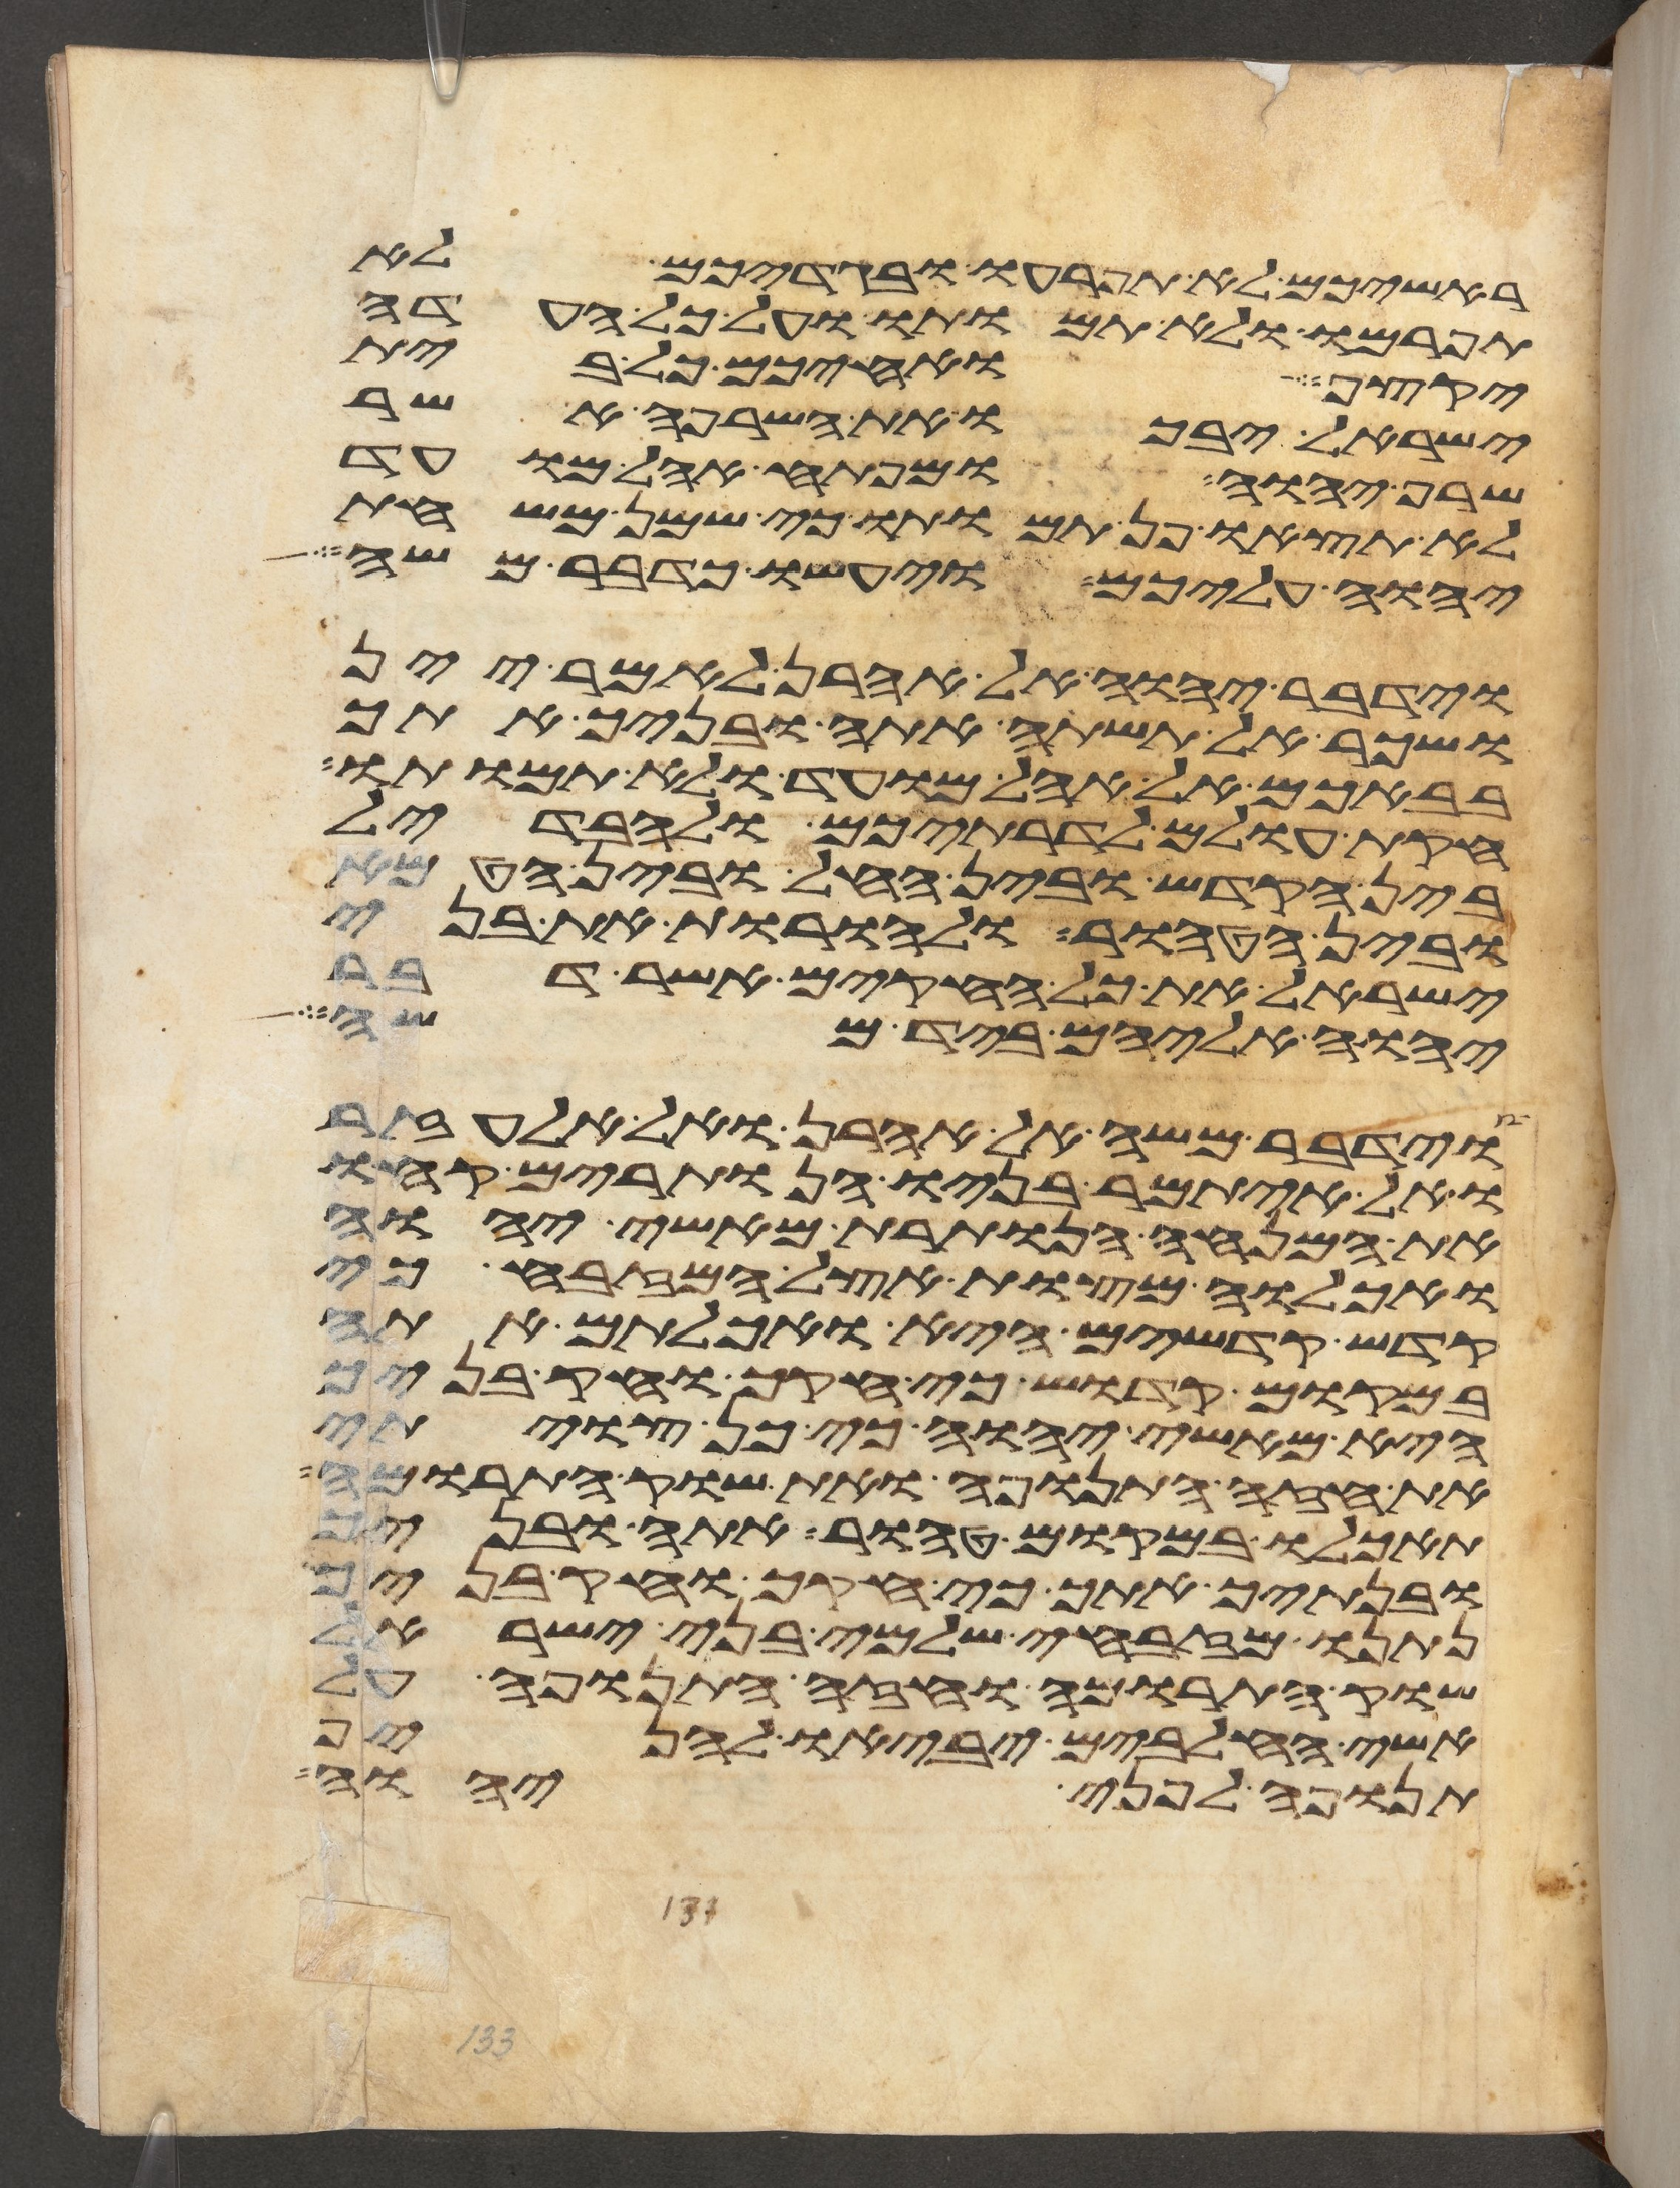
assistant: ראשיכם לא תפרעו ובגדיכם לא
תפרמו ולא תמותו ועל כל העדה
יקצף ואחיכם כל בית
ישראל יבכו את השרפה אשר
שרף יהוה ומפתח אהל מועד
לא תצאו פן תמותו כי שמן משחת
יהוה עליכם ויעשו כדבר משה
וידבר יהוה אל אהרן לאמר יין
ושכר אל תשתה אתה ובניך אתך
בבאכם אל אהל מועד ולא תמותו
חקת עולם לדרתיכם ולהבדיל
בין הקדש ובין החל ובין הטמא
ובין הטהור ולהורות את בני
ישראל את כל החקים אשר דבר
יהוה אליהם ביד משה
וידבר משה אל אהרן ואל אלעזר
ואל איתמר בניו הנותרים קחו
את המנחה הנותרת מאשי יהוה
ואכלוה מצות אצל המזבח כי
קדש קדשים היא ואכלתם אתה
במקום קדוש כי חקך וחק בניך
היא מאשי יהוה כי כן צויתי
את חזה התנופה ואת שוק התרומה
תאכלו במקום טהור אתה ובניך
ובנתיך אתך כי חקך וחק בניך
נתנו מזבחי שלמי בני ישראל
שוק התרומה וחזה התנופה על
אשי החלבים יביאו להניף
תנופה לפני יהוה